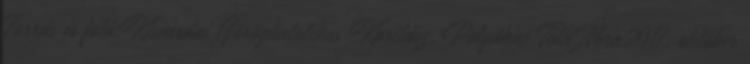
Forrás és fotó:Kisvárdai Görögkatolikus Karitász, Polyákné Tóth Nóra2017. október